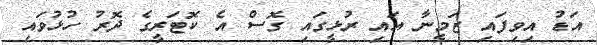
އަޑު އިވިފައި ޒަމީނާ އައި ރުޅީގައި ގޮސް އެ ކޮޓަރީގެ ދޮރު ހުޅުވައި